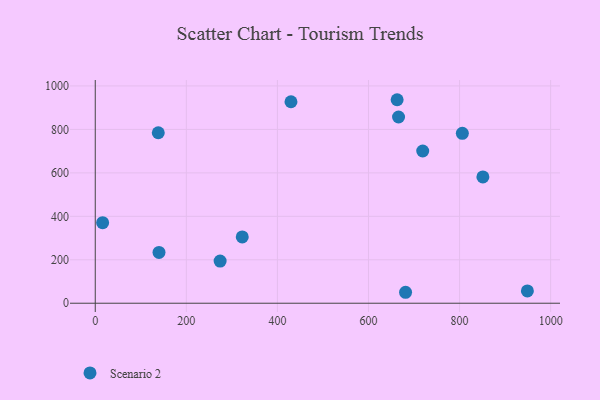
{"axis": {"x": "Speed", "y": "Yield"}, "legend": ["Scenario 2"], "data": [{"x": "274.2", "y": 194.1, "type": "Scenario 2"}, {"x": "851.2", "y": 581.4, "type": "Scenario 2"}, {"x": "662.9", "y": 936.6, "type": "Scenario 2"}, {"x": "719.1", "y": 700.6, "type": "Scenario 2"}, {"x": "666.0", "y": 857.0, "type": "Scenario 2"}, {"x": "806.1", "y": 782.1, "type": "Scenario 2"}, {"x": "429.8", "y": 927.2, "type": "Scenario 2"}, {"x": "138.4", "y": 784.7, "type": "Scenario 2"}, {"x": "322.8", "y": 305.2, "type": "Scenario 2"}, {"x": "948.9", "y": 56.8, "type": "Scenario 2"}, {"x": "16.2", "y": 370.5, "type": "Scenario 2"}, {"x": "681.4", "y": 50.4, "type": "Scenario 2"}, {"x": "140.0", "y": 233.9, "type": "Scenario 2"}]}